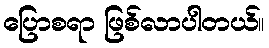
ပြောစရာ ဖြစ်လာပါတယ်။